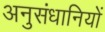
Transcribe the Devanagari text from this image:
अनुसंधानियों